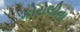
કોરોલીના